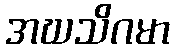
အဃသိဂမာ